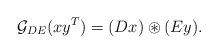
LaTeX: \begin{align*}\mathcal{G}_{DE}(xy^T)=(Dx)\circledast(Ey). \end{align*}